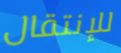
للإنتقال